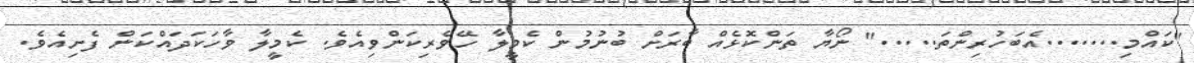
"ކައްމި.......އެބަހުރިންތަ....." ނޯޔާ ތަންކޮޅެއް ބާރަށް ބުނުމުން ކެމީލާ ހޭވެރިކަންވިއެވެ. ކެމީލާ ވާހަކަދައްކަން ފެށިއެވެ.